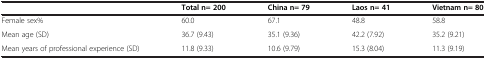
<table><thead><tr><td><b> </b></td><td><b>Total n= 200</b></td><td><b>China n= 79</b></td><td><b>Laos n= 41</b></td><td><b>Vietnam n= 80</b></td></tr></thead><tbody><tr><td>Female sex%</td><td>60.0</td><td>67.1</td><td>48.8</td><td>58.8</td></tr><tr><td>Mean age (SD)</td><td>36.7 (9.43)</td><td>35.1 (9.36)</td><td>42.2 (7.92)</td><td>35.2 (9.21)</td></tr><tr><td>Mean years of professional experience (SD)</td><td>11.8 (9.33)</td><td>10.6 (9.79)</td><td>15.3 (8.04)</td><td>11.3 (9.19)</td></tr></tbody></table>